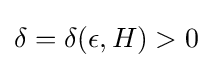
\delta =\delta (\epsilon ,H)>0